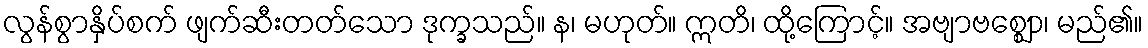
လွန်စွာနှိပ်စက် ဖျက်ဆီးတတ်သော ဒုက္ခသည်။ န၊ မဟုတ်။ ဣတိ၊ ထို့ကြောင့်။ အဗျာဗစ္ဈော၊ မည်၏။